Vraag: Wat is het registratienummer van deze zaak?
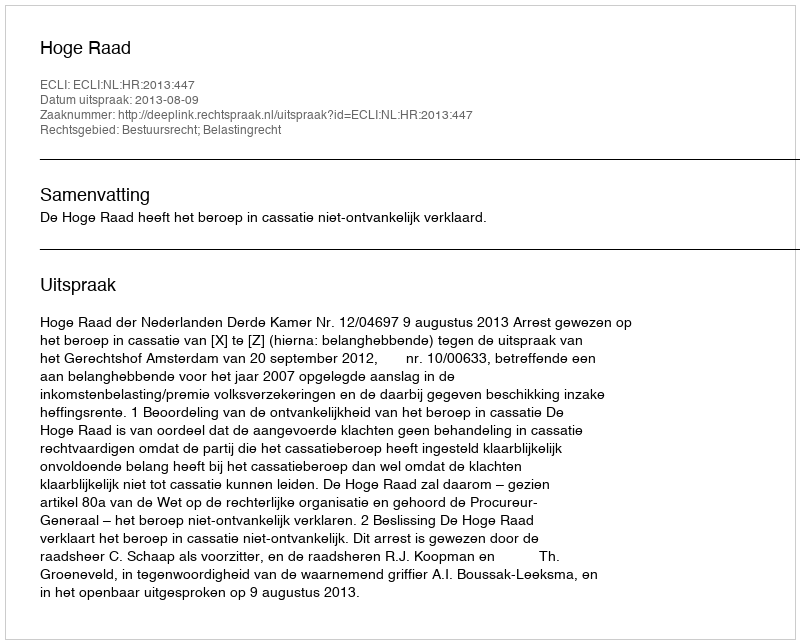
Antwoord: http://deeplink.rechtspraak.nl/uitspraak?id=ECLI:NL:HR:2013:447